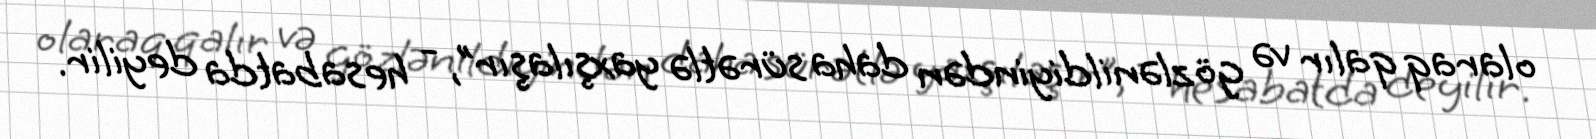
olaraq qalır və gözlənildiyindən daha sürətlə yaxşılaşır”, - hesabatda deyilir.